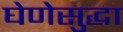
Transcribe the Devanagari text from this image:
घेणेसुद्धा